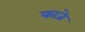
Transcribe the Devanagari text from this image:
काजे